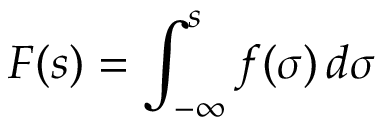
F ( s ) = \int _ { - \infty } ^ { s } f ( \sigma ) \, d \sigma